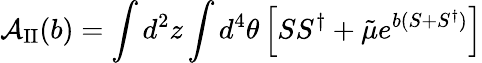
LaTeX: {\cal A}_{\mathrm{II}}(b)=\int d^{2}z\int d^{4}\theta\left[SS^{\dagger}+{\tilde{\mu}}e^{b(S+S^{\dagger})}\right]